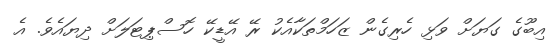
އިބޫގެ ގަޔަށް ވަޅި ހެރިގެން ޒަހަމްތަކާއެކު ރޭ އޭޑީކޭ ހޮސްޕިޓަލަށް ދިޔައެވެ. އެ